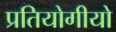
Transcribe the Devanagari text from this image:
प्रतियोगीयो